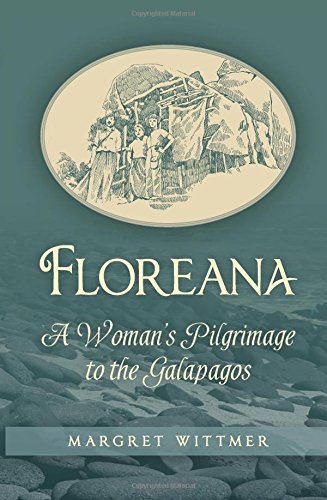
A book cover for Floreana: A Woman's Pilgrimage to the Galapagos; Margret Wittmer; Biographies & Memoirs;